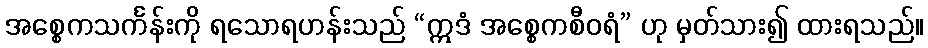
အစ္စေကသင်္ကန်းကို ရသောရဟန်းသည် “ဣဒံ အစ္စေကစီဝရံ” ဟု မှတ်သား၍ ထားရသည်။